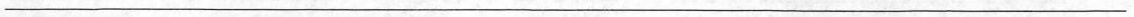
___